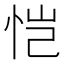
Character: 恺